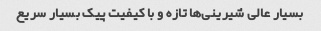
بسیار عالی شیرینی‌ها تازه و با کیفیت پیک بسیار سریع